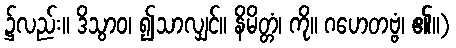
၌လည်း။ ဒိသွာဝ၊ ၍သာလျှင်။ နိမိတ္တံ၊ ကို။ ဂဟေတဗ္ဗံ၊ ၏။)